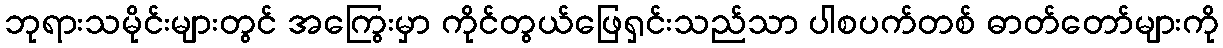
ဘုရားသမိုင်းများတွင် အကြွေးမှာ ကိုင်တွယ်ဖြေရှင်းသည်သာ ပါစပက်တစ် ဓာတ်တော်များကို